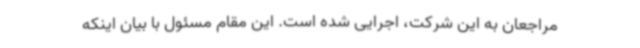
مراجعان به این شرکت، اجرایی شده است. این مقام مسئول با بیان اینکه